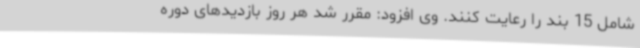
شامل 15 بند را رعایت کنند. وی افزود: مقرر شد هر روز بازدیدهای دوره